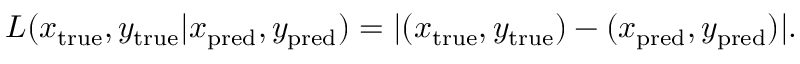
L ( x _ { \mathrm { { t r u e } } } , y _ { \mathrm { { t r u e } } } | x _ { \mathrm { { p r e d } } } , y _ { \mathrm { { p r e d } } } ) = | ( x _ { \mathrm { { t r u e } } } , y _ { \mathrm { { t r u e } } } ) - ( x _ { \mathrm { { p r e d } } } , y _ { \mathrm { { p r e d } } } ) | .